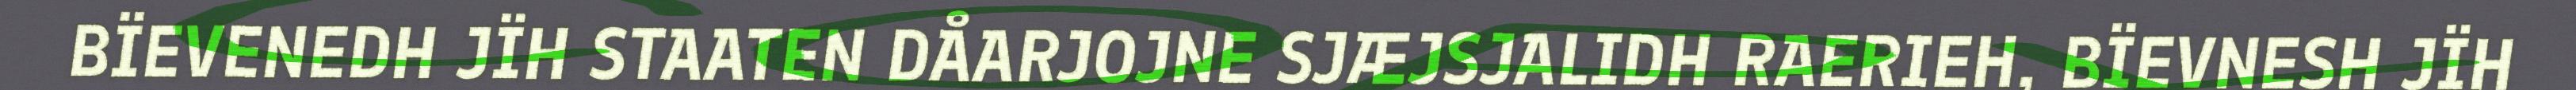
BÏEVENEDH JÏH STAATEN DÅARJOJNE SJÆJSJALIDH RAERIEH, BÏEVNESH JÏH